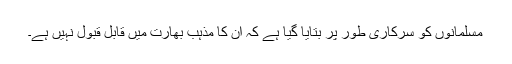
مسلمانوں کو سرکاری طور پر بتایا گیا ہے کہ ان کا مذہب بھارت میں قابل قبول نہیں ہے۔